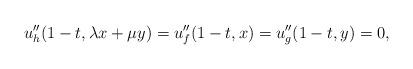
LaTeX: \begin{align*}u_h''(1-t,\lambda x+\mu y) = u_f''(1-t,x) = u_g''(1-t,y) = 0,\end{align*}